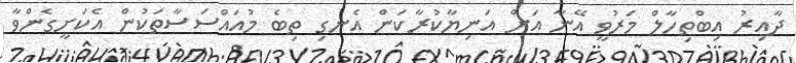
ދާއިރު އިބްތިހާލް މަރުވީ އޭނާ އަށް އަނިޔާކުރާކަން އެނގި ތިބެ މުއައްސަސާތަކުން އެކަށީގެންވާ